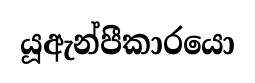
යූඇන්පීකාරයො